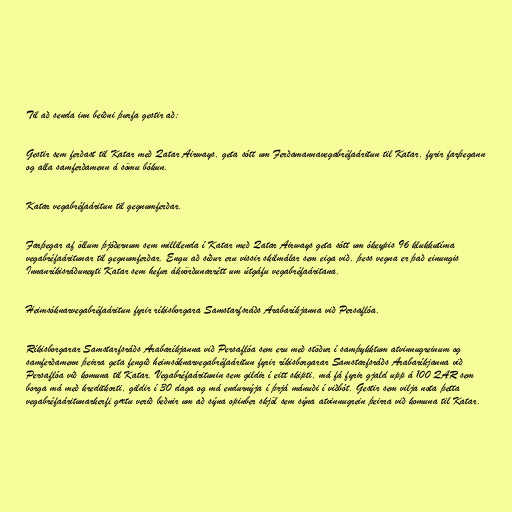
Til að senda inn beiðni þurfa gestir að:

Gestir sem ferðast til Katar með Qatar Airways, geta sótt um Ferðamannavegabréfaáritun til Katar, fyrir farþegann
og alla samferðamenn á sömu bókun.

Katar vegabréfaáritun til gegnumferðar.

Farþegar af öllum þjóðernum sem millilenda í Katar með Qatar Airways geta sótt um ókeypis 96 klukkutíma
vegabréfaáritunar til gegnumferðar. Engu að síður eru vissir skilmálar sem eiga við, þess vegna er það einungis
Innanríkisráðuneyti Katar sem hefur ákvörðunarrétt um útgáfu vegabréfaáritana.

Heimsóknarvegabréfaáritun fyrir ríkisborgara Samstarfsráðs Arabaríkjanna við Persaflóa.

Ríkisborgarar Samstarfsráðs Arabaríkjanna við Persaflóa sem eru með stöður í samþykktum atvinnugreinum og
samferðamenn þeirra geta fengið heimsóknarvegabréfaáritun fyrir ríkisborgarar Samstarfsráðs Arabaríkjanna við
Persaflóa við komuna til Katar. Vegabréfaáritunin sem gildir í eitt skipti, má fá fyrir gjald upp á 100 QAR sem
borga má með kreditkorti, gildir í 30 daga og má endurnýja í þrjá mánuði í viðbót. Gestir sem vilja nota þetta
vegabréfaáritunarkerfi gætu verið beðnir um að sýna opinber skjöl sem sýna atvinnugrein þeirra við komuna til Katar.